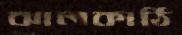
ঝালকাঠি